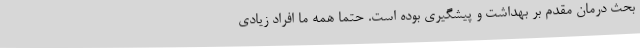
بحث درمان مقدم بر بهداشت و پیشگیری بوده است. حتماً همه ما افراد زیادی